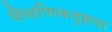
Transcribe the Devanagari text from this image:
क्षैक्षणिकदृष्टया